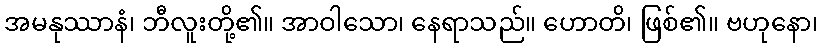
အမနုဿာနံ၊ ဘီလူးတို့၏။ အာဝါသော၊ နေရာသည်။ ဟောတိ၊ ဖြစ်၏။ ဗဟုနော၊